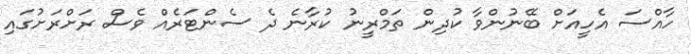
ހާއްސަ އެހީއަށް ބޭނުންވާ ކުދިން ތަމްރީނު ކުރާނެ ދެ ސެންޓަރެއް ވެސް ރަށްރަށުގައި